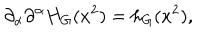
\partial _ { \alpha } \partial ^ { \alpha } H _ { G } ( x ^ { 2 } ) = h _ { G } ( x ^ { 2 } ) ,